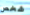
شخص